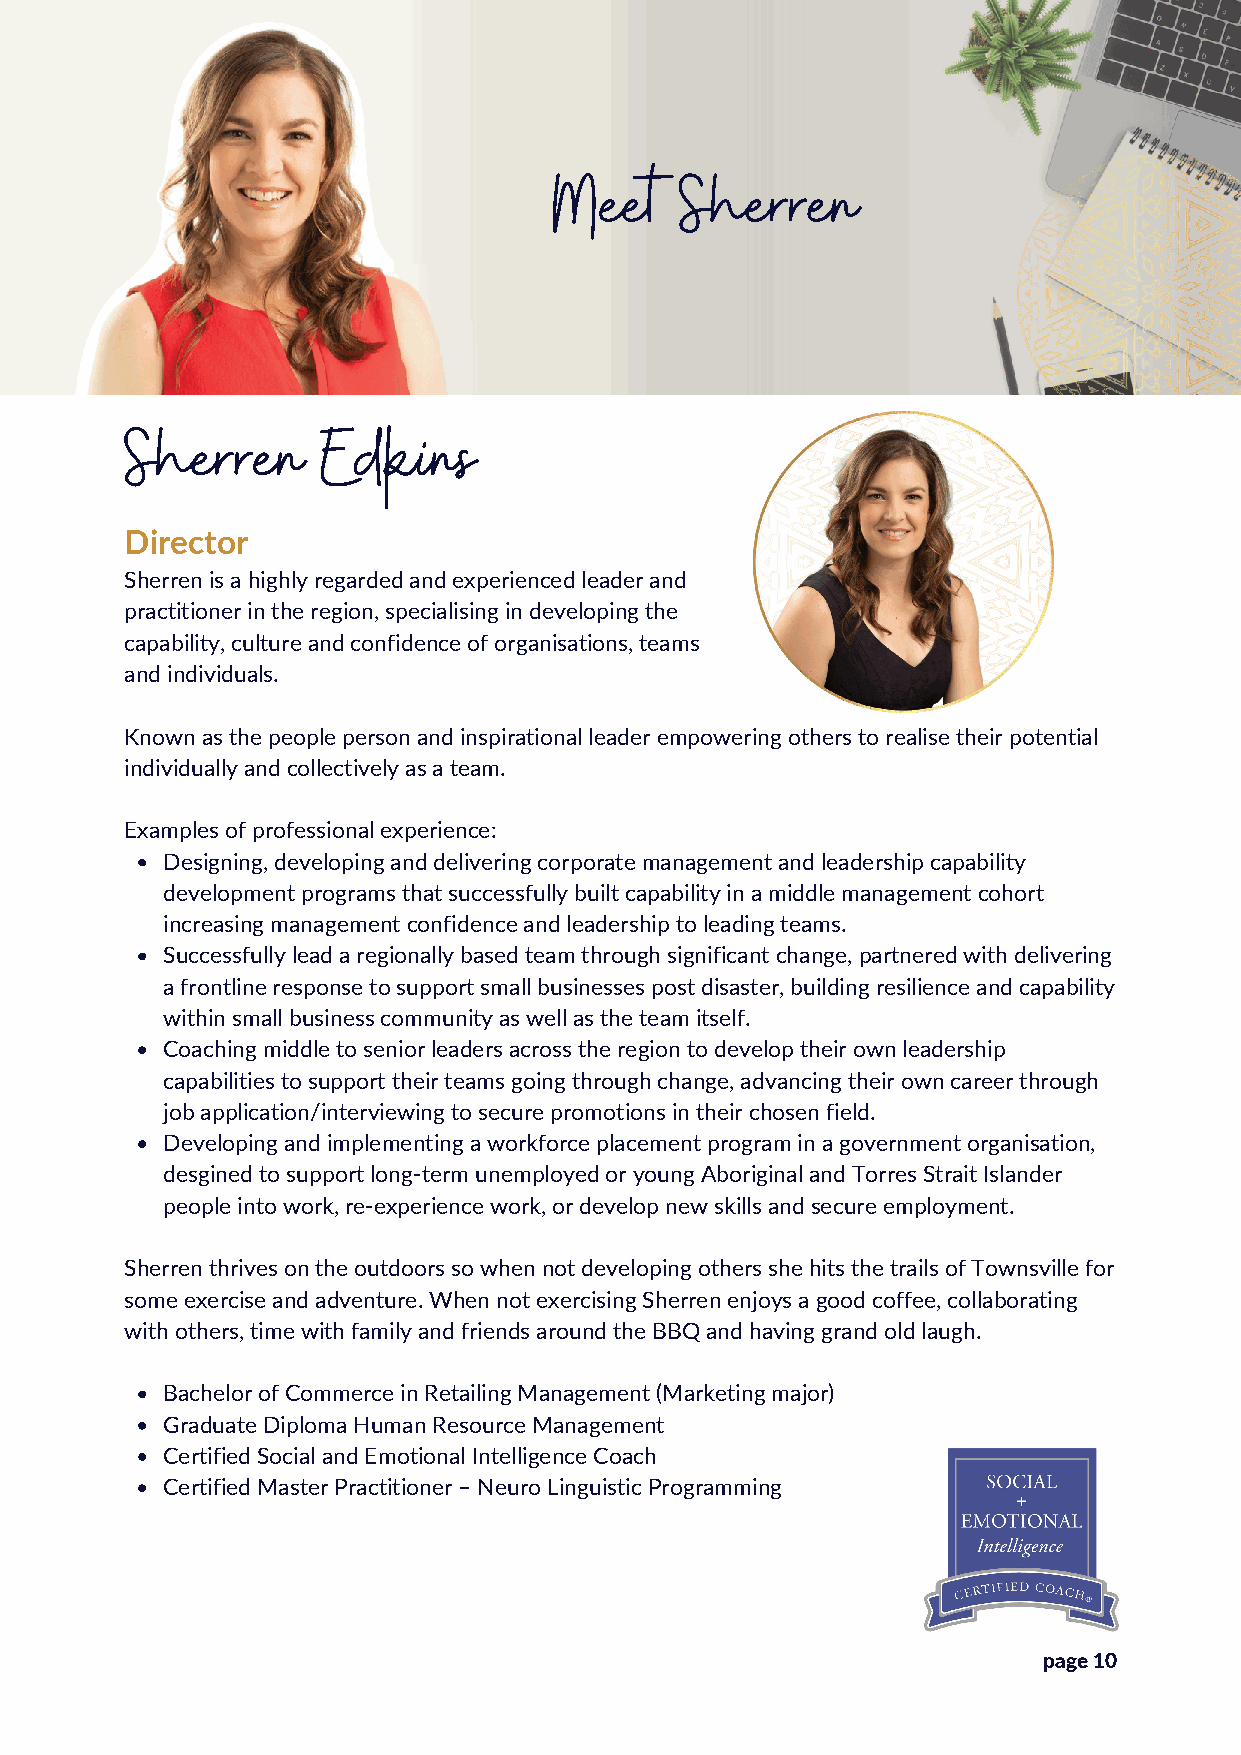
Meet    Sherren
 Sherren      Edkins
 Director
 Sherren is a highly regarded and experienced leader and
 practitioner in the region, specialising in developing the
 capability, culture and confidence of organisations, teams
 and individuals.
 Known as the people person and inspirational leader empowering others to realise their potential
 individually and collectively as a team.
 Examples of professional experience:
 Designing, developing and delivering corporate management and leadership capability
 development programs that successfully built capability in a middle management cohort
 increasing management confidence and leadership to leading teams.
 Successfully lead a regionally based team through significant change, partnered with delivering
 a frontline response to support small businesses post disaster, building resilience and capability
 within small business community as well as the team itself.
 Coaching middle to senior leaders across the region to develop their own leadership
 capabilities to support their teams going through change, advancing their own career through
 job application/interviewing to secure promotions in their chosen field.
 Developing and implementing a workforce placement program in a government organisation,
 desgined to support long-term unemployed or young Aboriginal and Torres Strait Islander
 people into work, re-experience work, or develop new skills and secure employment.
 Sherren thrives on the outdoors so when not developing others she hits the trails of Townsville for
 some exercise and adventure. When not exercising Sherren enjoys a good coffee, collaborating
 with others, time with family and friends around the BBQ and having grand old laugh.
 Bachelor of Commerce in Retailing Management (Marketing major)
 Graduate Diploma Human Resource Management
 Certified Social and Emotional Intelligence Coach
 Certified Master Practitioner – Neuro Linguistic Programming
 page 10